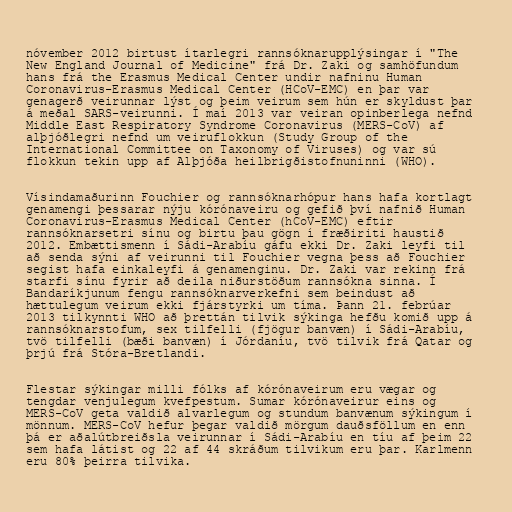
nóvember 2012 birtust ítarlegri rannsóknarupplýsingar í "The
New England Journal of Medicine" frá Dr. Zaki og samhöfundum
hans frá the Erasmus Medical Center undir nafninu Human
Coronavirus-Erasmus Medical Center (HCoV-EMC) en þar var
genagerð veirunnar lýst og þeim veirum sem hún er skyldust þar
á meðal SARS-veirunni. Í maí 2013 var veiran opinberlega nefnd
Middle East Respiratory Syndrome Coronavirus (MERS-CoV) af
alþjóðlegri nefnd um veiruflokkun (Study Group of the
International Committee on Taxonomy of Viruses) og var sú
flokkun tekin upp af Alþjóða heilbrigðistofnuninni (WHO).

Vísindamaðurinn Fouchier og rannsóknarhópur hans hafa kortlagt
genamengi þessarar nýju kórónaveiru og gefið því nafnið Human
Coronavirus-Erasmus Medical Center (hCoV-EMC) eftir
rannsóknarsetri sínu og birtu þau gögn í fræðiriti haustið
2012. Embættismenn í Sádi-Arabíu gáfu ekki Dr. Zaki leyfi til
að senda sýni af veirunni til Fouchier vegna þess að Fouchier
segist hafa einkaleyfi á genamenginu. Dr. Zaki var rekinn frá
starfi sínu fyrir að deila niðurstöðum rannsókna sinna. Í
Bandaríkjunum fengu rannsóknarverkefni sem beindust að
hættulegum veirum ekki fjárstyrki um tíma. Þann 21. febrúar
2013 tilkynnti WHO að þrettán tilvik sýkinga hefðu komið upp á
rannsóknarstofum, sex tilfelli (fjögur banvæn) í Sádi-Arabíu,
tvö tilfelli (bæði banvæn) í Jórdaníu, tvö tilvik frá Qatar og
þrjú frá Stóra-Bretlandi.

Flestar sýkingar milli fólks af kórónaveirum eru vægar og
tengdar venjulegum kvefpestum. Sumar kórónaveirur eins og
MERS-CoV geta valdið alvarlegum og stundum banvænum sýkingum í
mönnum. MERS-CoV hefur þegar valdið mörgum dauðsföllum en enn
þá er aðalútbreiðsla veirunnar í Sádi-Arabíu en tíu af þeim 22
sem hafa látist og 22 af 44 skráðum tilvikum eru þar. Karlmenn
eru 80% þeirra tilvika.